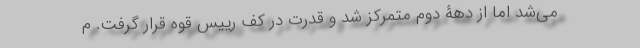
می‌شد اما از دهۀ دوم متمرکز شد و قدرت در کف رییس قوه قرار گرفت. م